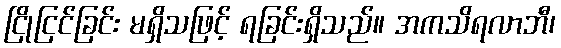
ငြိုငြင်ခြင်း မရှိသဖြင့် ရခြင်းရှိသည်။ အကသိရလာဘီ၊